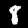
Label: 8